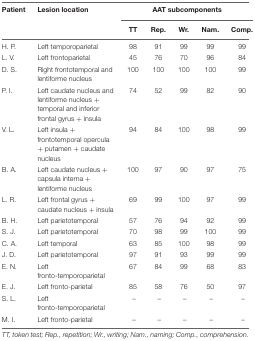
| Patient | Lesion location | <COLSPAN=5> AAT subcomponents |
 |  |  | TT | Rep. | Wr. | Nam. | Comp. |
 | --- | --- | --- | --- | --- | --- | --- |
 | H. P. | Left temporoparietal | 98 | 91 | 99 | 99 | 99 |
 | L. V. | Left frontoparietal | 45 | 76 | 70 | 96 | 84 |
 | D. S. | Right frontotemporal and lentiforme nucleus | 100 | 100 | 100 | 100 | 99 |
 | P. I. | Left caudate nucleus and lentiforme nucleus + temporal and inferior frontal gyrus + insula | 74 | 52 | 99 | 82 | 90 |
 | V. L. | Left insula + frontotemporal opercula + putamen + caudate nucleus | 94 | 84 | 100 | 98 | 99 |
 | B. A. | Left caudate nucleus + capsula interna + lentiforme nucleus | 100 | 97 | 90 | 97 | 75 |
 | L. R. | Left frontal gyrus + caudate nucleus + insula | 69 | 99 | 100 | 97 | 99 |
 | B. H. | Left parietotemporal | 57 | 76 | 94 | 92 | 99 |
 | S. J. | Left parietotemporal | 70 | 98 | 99 | 100 | 99 |
 | C. A. | Left temporal | 63 | 85 | 100 | 98 | 99 |
 | J. D. | Left parietotemporal | 97 | 91 | 93 | 99 | 99 |
 | E. N. | Left fronto-temporoparietal | 67 | 84 | 99 | 68 | 83 |
 | E. J. | Left fronto-parietal | 85 | 58 | 76 | 50 | 97 |
 | S. L. | Left fronto-temporoparietal | – | – | – | – | – |
 | M. I. | Left fronto-parietal | – | – | – | – | – |